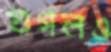
গুগলও